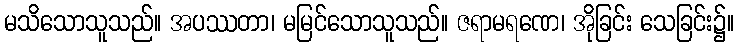
မသိသောသူသည်။ အပဿတာ၊ မမြင်သောသူသည်။ ဇရာမရဏေ၊ အိုခြင်း သေခြင်း၌။